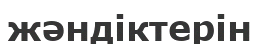
жәндіктерін